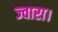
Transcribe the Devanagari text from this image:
ज्वारा।